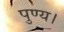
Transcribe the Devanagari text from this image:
पुण्य।